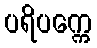
ပရိပက္ကေ